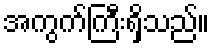
အကွက်ကြီးရှိသည်။